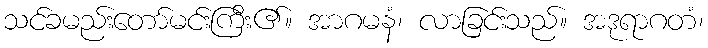
သင်ခမည်းတော်မင်းကြီး၏။ အာဂမနံ၊ လာခြင်းသည်။ အဒုရာဂတံ၊